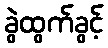
ခွဲထွက်ခွင့်